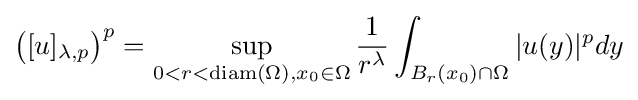
{\bigl (}[u]_{\lambda ,p}{\bigr )}^{p}=\sup _{0<r<\operatorname {diam} (\Omega ),x_{0}\in \Omega }{\frac {1}{r^{\lambda }}}\int _{B_{r}(x_{0})\cap \Omega }|u(y)|^{p}dy